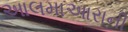
આલમાઆરાની